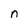
Character: n